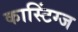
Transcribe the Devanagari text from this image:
कास्टिंग्ज